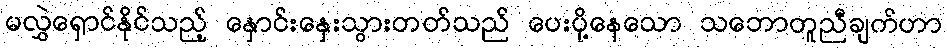
မလွှဲရှောင်နိုင်သည့် နှောင်းနှေးသွားတတ်သည် ပေးပို့နေသော သဘောတူညီချက်ဟာ